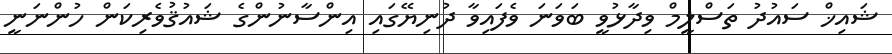
ޝައިޚް ސައުދު ތަސްލީމް ވިދާޅުވީ ބަވަނަ ވެފައިވާ ދުނިޔޭގައި އިންސާނުންގެ ޝައުޤުވެރިކަން ހުންނަނީ